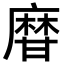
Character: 𤯌